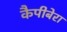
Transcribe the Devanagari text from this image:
कैपीबेरा